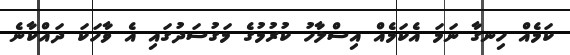
ކަމެއް ހިނގާ ނަމަ އެކަމެއް އިސްލާހު ކުރުމުގެ މަގުސަދުގައި އެ ވާހަކަ ދައްކާނެ